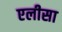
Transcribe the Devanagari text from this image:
एलीसा